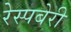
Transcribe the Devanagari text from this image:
रेस्पबेरी